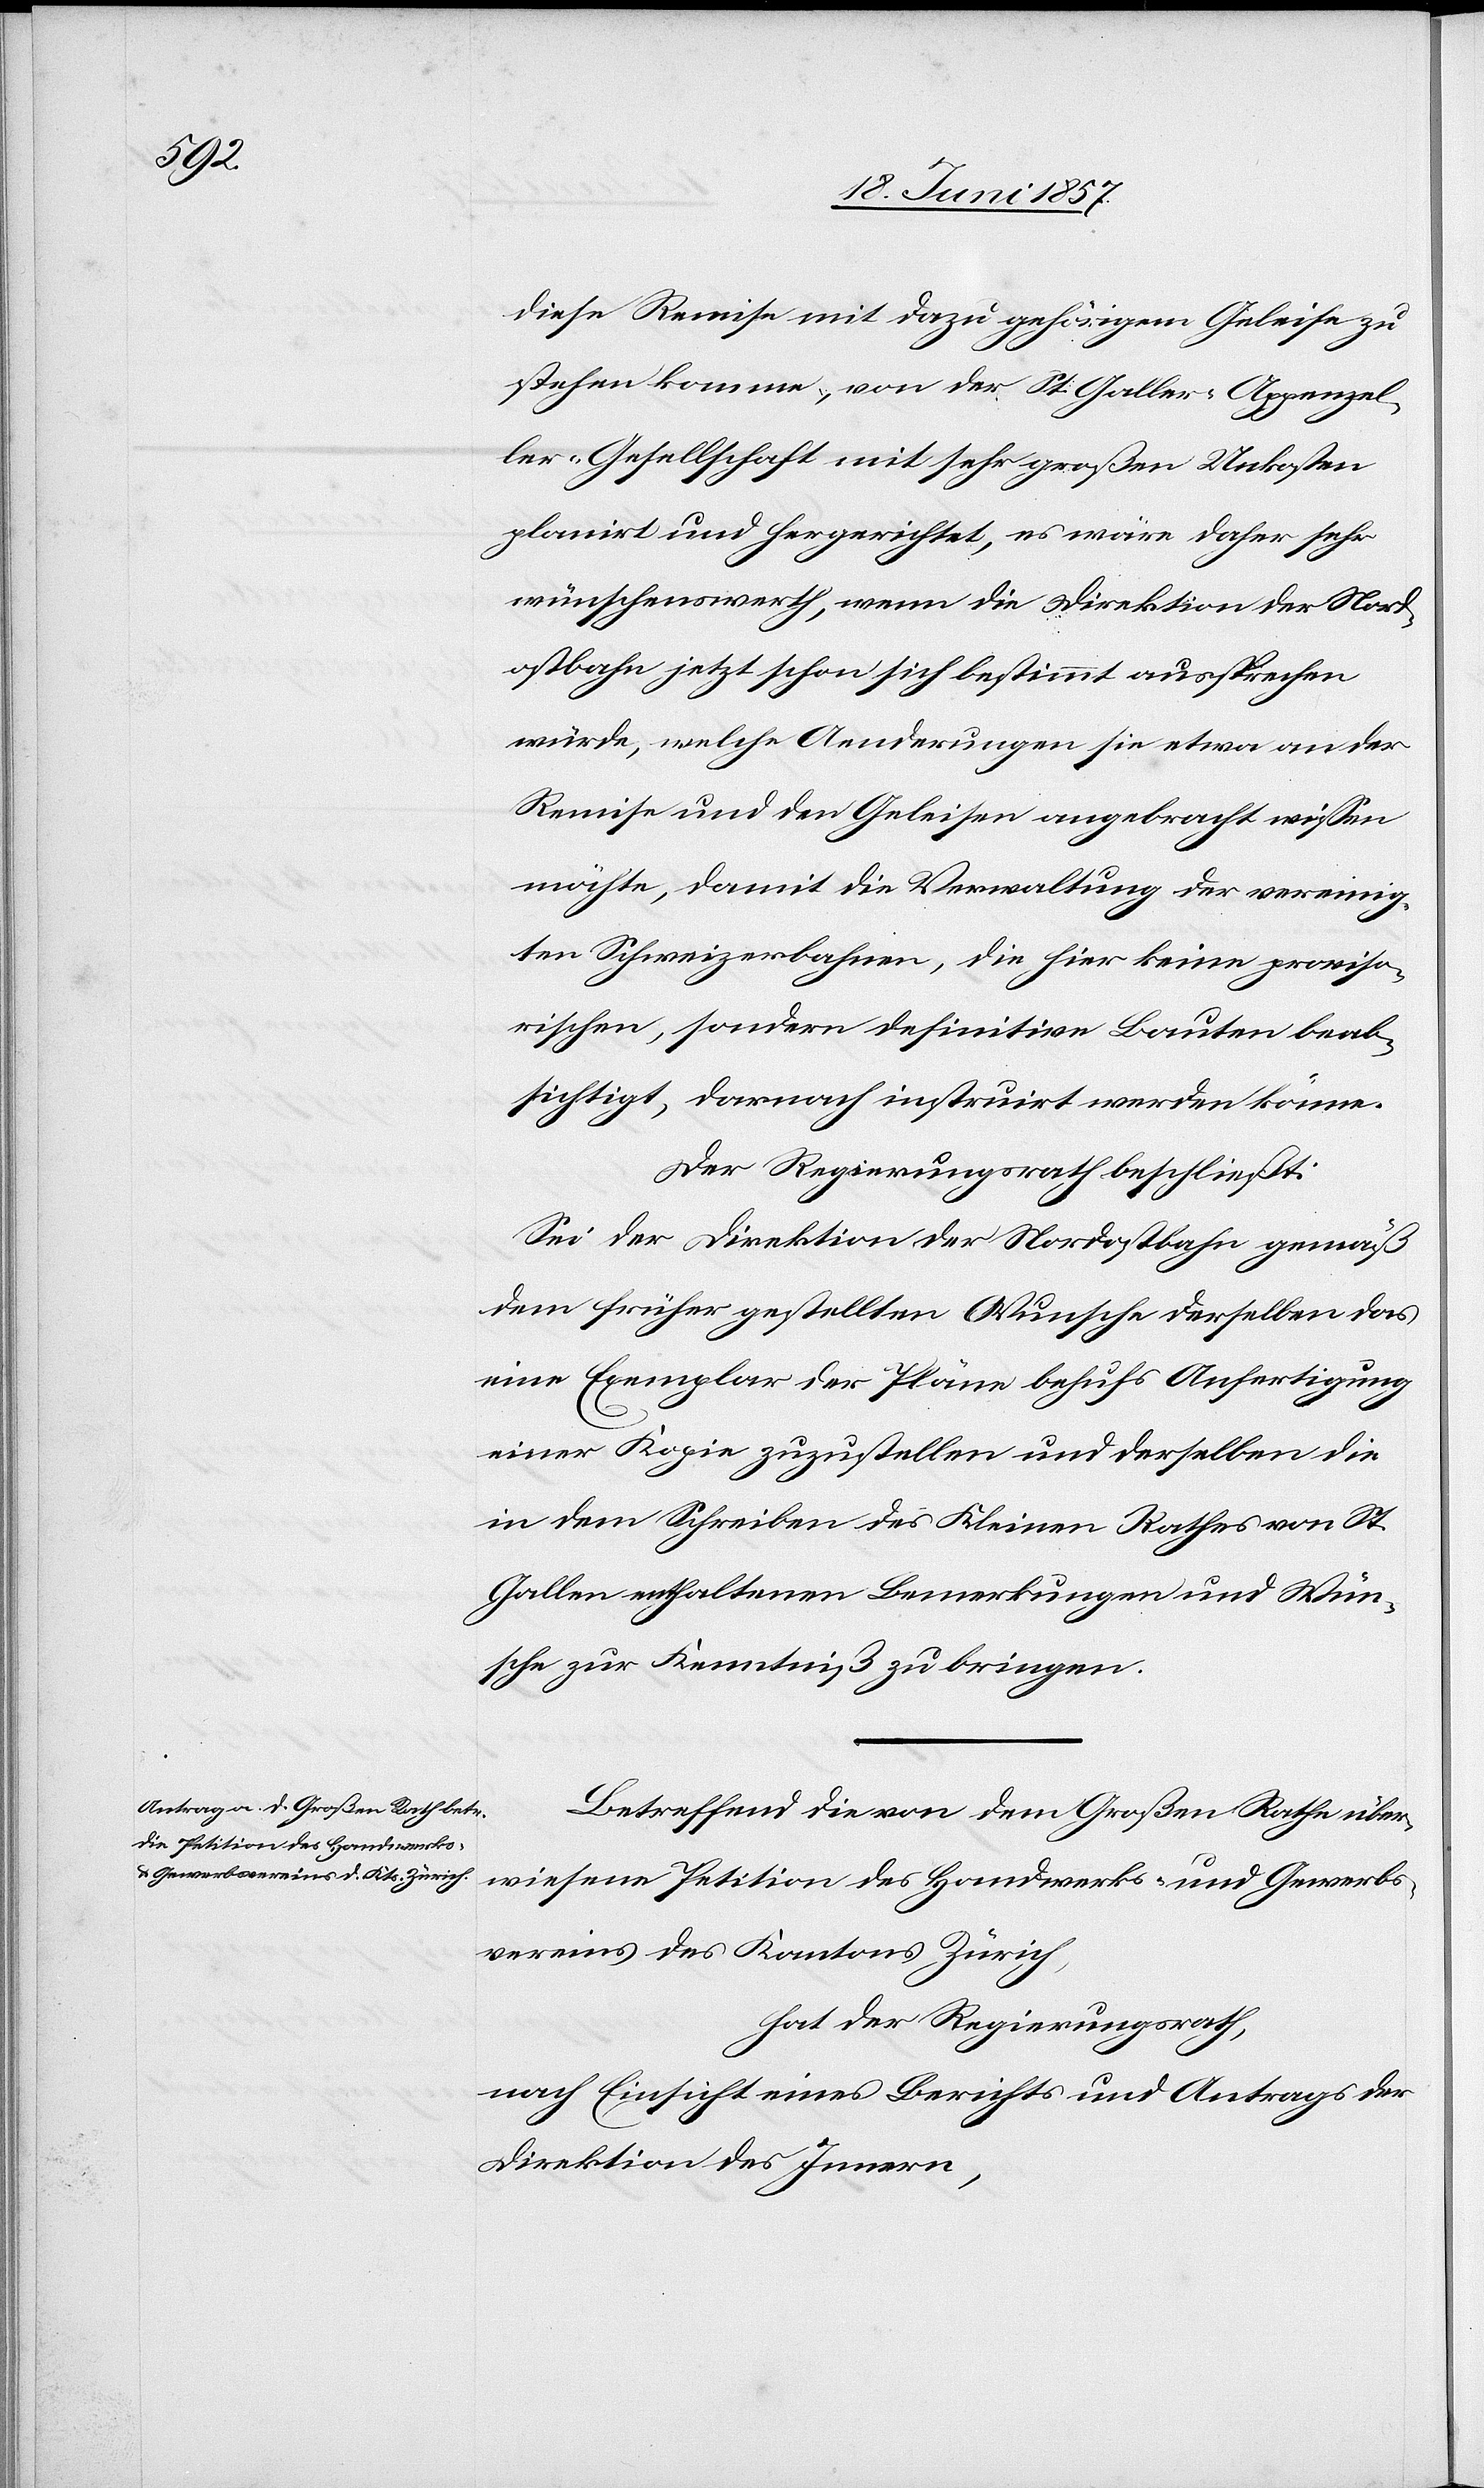
diese Remise mit dazugehörigem Geleise zu
stehen komme, von der St. Gallen-Appenzel¬
ler-Gesellschaft mit sehr großen Unkosten
planirt und hergerichtet, es wäre daher sehr
wünschenswerth, wenn die Direktion der Nor¬
dostbahn jetzt schon sich bestimmt aussprechen
würde, welche Aenderungen sie etwa an der
Remise und Geleisen angebracht wissen
möchten, damit die Verwaltung der vereinig¬
ten Schweizerbahnen, die hier keine proviso¬
rischen, sondern definitive Bauten beab¬
sichtigt, darnach instruirt werden könne.
Der Regierungsrath beschließt:
Sei der Direktion der Nordostbahn gemäß
dem früher gestellten Wunsche derselben das
eine Exemplar der Pläne behufs Anfertigung
einer Kopie zuzustellen und derselben die
in dem Schreiben des Kleinen Rathes von St.
Gallen enthaltenen Bemerkungen und Wün¬
sche zur Kenntniß zu bringen.
Betreffend die von dem Großen Rathe über¬
wiesene Petition des Handwerks- und Gewerbs¬
vereins des Kantons Zürich,
hat der Regierungsrath,
nach Einsicht eines Berichts und Antrags der
Direktion des Innern,